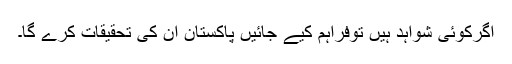
اگرکوئی شواہد ہیں توفراہم کیے جائیں پاکستان ان کی تحقیقات کرے گا۔